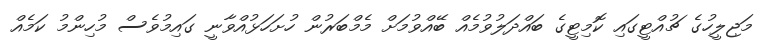
މަޖިލީހުގެ ޗުއްޓީގައި ކޮމިޓީގެ ބައްދަލުވުމެއް ބޭއްވުމަށް މެމްބަރުން ހުށަހަޅުއްވާނީ ގައިމުވެސް މުހިންމު ކަމެއް